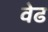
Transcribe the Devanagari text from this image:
वेढ